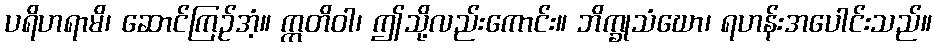
ပရိဟရာမိ၊ ဆောင်ကြဉ်အံ့။ ဣတိဝါ၊ ဤသို့လည်းကောင်း။ ဘိက္ခုသံဃော၊ ရဟန်းအပေါင်းသည်။